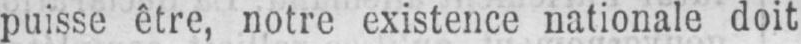
puisse être, notre existence nationale doit